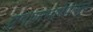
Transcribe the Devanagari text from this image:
प्रमाणभाषेपासून